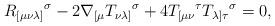
LaTeX: \begin{align*}R_{[\mu \nu \lambda ]}{}^{\sigma }-2\nabla _{\lbrack \mu }T_{\nu \lambda]}{}^{\sigma }+4T_{[\mu \nu }{}^{\tau }T_{\lambda ]\tau }{}^{\sigma }=0,\end{align*}